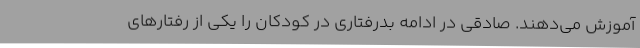
آموزش می‌دهند. صادقی در ادامه بدرفتاری در کودکان را یکی از رفتارهای